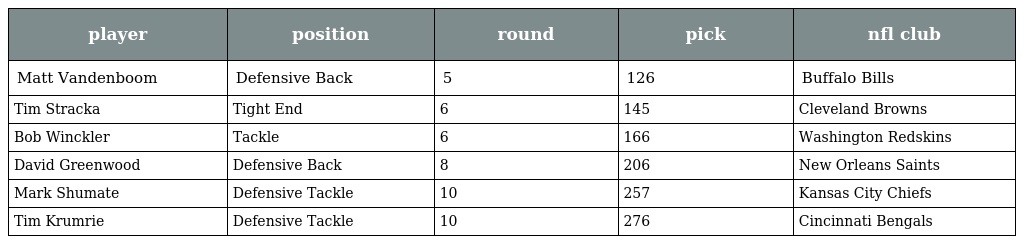
| player | position | round | pick | nfl club |
 | --- | --- | --- | --- | --- |
 | Matt Vandenboom | Defensive Back | 5 | 126 | Buffalo Bills |
 | Tim Stracka | Tight End | 6 | 145 | Cleveland Browns |
 | Bob Winckler | Tackle | 6 | 166 | Washington Redskins |
 | David Greenwood | Defensive Back | 8 | 206 | New Orleans Saints |
 | Mark Shumate | Defensive Tackle | 10 | 257 | Kansas City Chiefs |
 | Tim Krumrie | Defensive Tackle | 10 | 276 | Cincinnati Bengals |